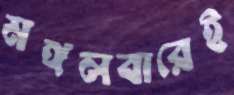
মঙ্গলবারেই